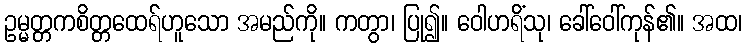
ဥမ္မတ္တကစိတ္တထေရ်ဟူသော အမည်ကို။ ကတွာ၊ ပြု၍။ ဝေါဟရိံသု၊ ခေါ်ဝေါ်ကုန်၏။ အထ၊